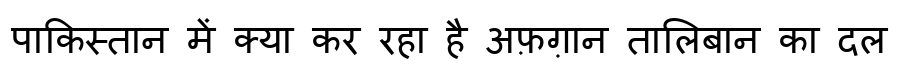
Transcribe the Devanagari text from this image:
पाकिस्तान में क्या कर रहा है अफ़ग़ान तालिबान का दल